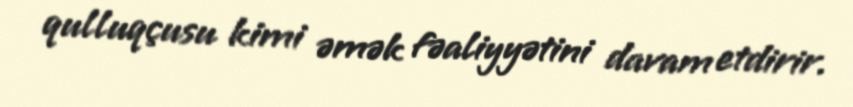
qulluqçusu kimi əmək fəaliyyətini davam etdirir.